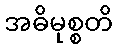
အဓိမုစ္စတိ